Note on the mental hospitals in Burma - 1925-1940
Year: 1925
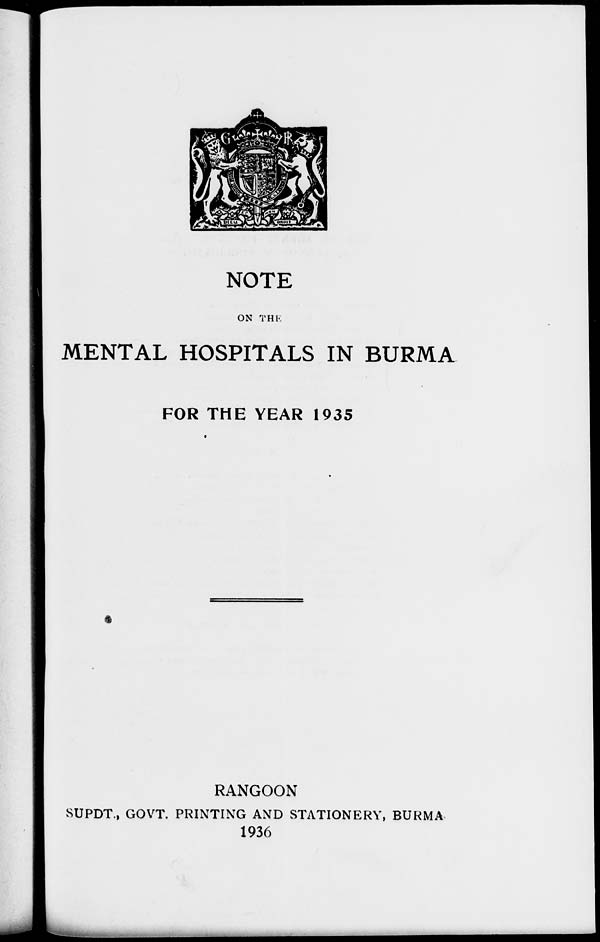
NOTE
ON THE
MENTAL HOSPITALS IN BURMA
FOR THE YEAR 1935
RANGOON
SUPDT., GOVT. PRINTING AND STATIONERY, BURMA
1936